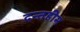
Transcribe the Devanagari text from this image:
दन्तहीन